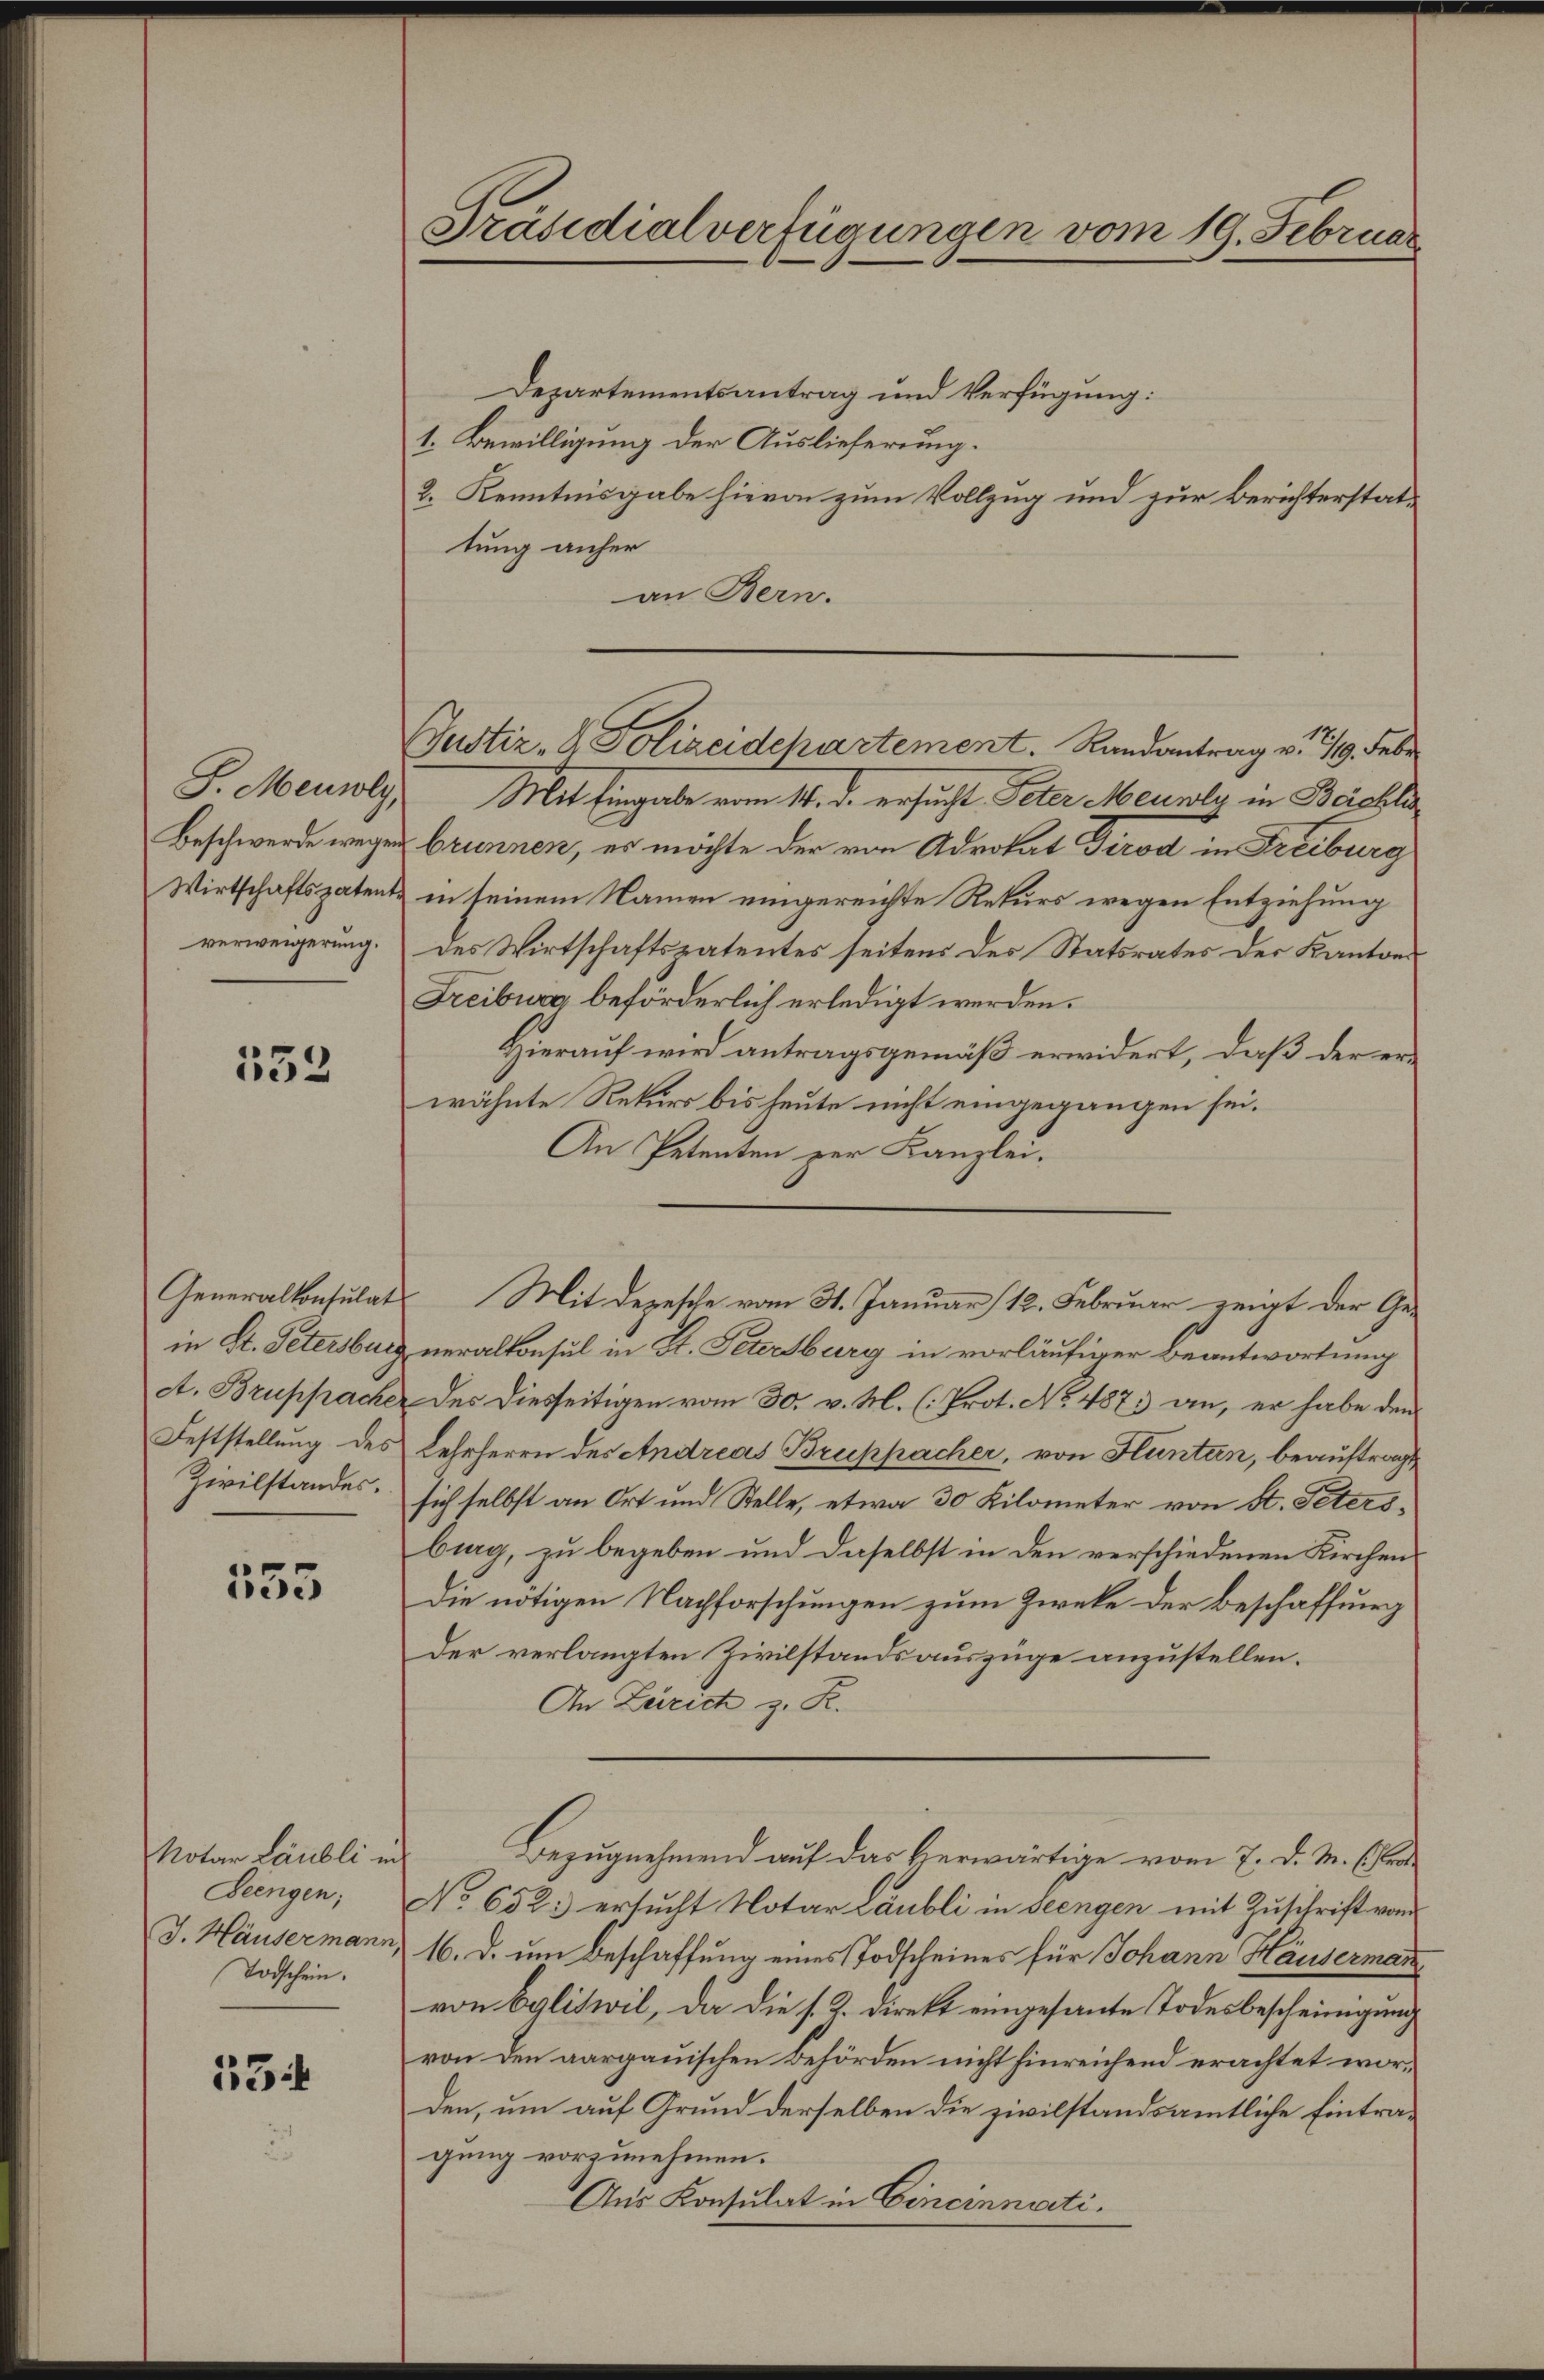
Beschwerde wegen
Wirtschaftspatent
verweigerung.

132

Feststellung des
Zivilstandes.

555

Notar Läubli in
Beengen;
J. Häusermann,
Todschein.

53

Präsidialverfügungen vom 19. Februar

Justiz- & Polizeidchartement. Randantrag v. 219. Febr

G. Mensly. Mit Eingabe vom 11. d. ersucht Peter Meunly in Bachla
brunnen, es möchte der von Advokat Dirod in Freiburg
in seinem Namen eingereichte Rekurs wegen Entziehung
des Wirtschaftspatentes seitens des Statsrates der Kantons
Freiburg beförderlich erledigt werden.
Hierauf wird antragsgemäß erwidert, daß der erwähnte Rekurs bis heute nicht eingegangen sei.
An Petenten zur Kanzlei.
in St. Petersburg neralkonsul in St. Petersburg in vorläufiger Beantwortung
A. Bruppache des Diesseitigen vom 30. v. M. (: Prot. No 487. an, er habe den
Lehrherrn des Andreas Bruppacher, von Huntern, beauftragt
sich selbst an Ort und Stelle, etwa 30 Kilometer von St. Petersburg, zu begeben und daselbst in den verschiedenen Kirchen
Die nötigen Nachforschungen zum Zwecke der Beschaffung
Der verlangten Zivilstandsauszüge anzustellen.
An Zürich z. R.
Bezugnehmend auf das Herwärtige vom 7. d. M. (er
No 632. ersucht Notar Läubli in seengen mit Zuschrift vom
16. d. um Beschaffung eines Todscheines für Johann Häuserman
von Egliswil, da die s. Z. direkt eingesante Todesbescheinigung
von den aargauischen Behörden nicht hinreichend erachtet worden, um auf Grund derselben die zivilstandsamtliche Eintragung vorzunehmen.
Aus Konsulat in Cincinnati

Departementsantrag und Verfügung:
1. Bewilligung der Auslieferung.
2. Kenntnisgabe hievon zum Vollzug und zur Berichterstattung anher
an Bern.

Generalkonsulat Mit Depesche vom 31. Januar 12. Februar zeigt der Ge-